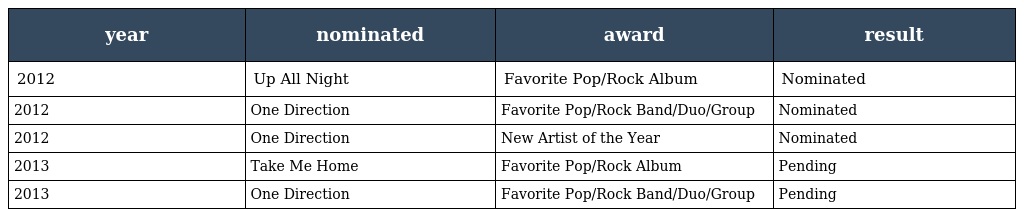
| year | nominated | award | result |
 | --- | --- | --- | --- |
 | 2012 | Up All Night | Favorite Pop/Rock Album | Nominated |
 | 2012 | One Direction | Favorite Pop/Rock Band/Duo/Group | Nominated |
 | 2012 | One Direction | New Artist of the Year | Nominated |
 | 2013 | Take Me Home | Favorite Pop/Rock Album | Pending |
 | 2013 | One Direction | Favorite Pop/Rock Band/Duo/Group | Pending |